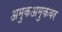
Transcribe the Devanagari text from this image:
अमुकअमुकवर